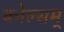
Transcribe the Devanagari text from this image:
कोल्सम्‌